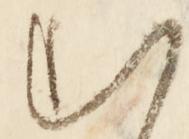
む